Lunatic asylums Madras 1877-1891 - 1877-1891
Year: 1877
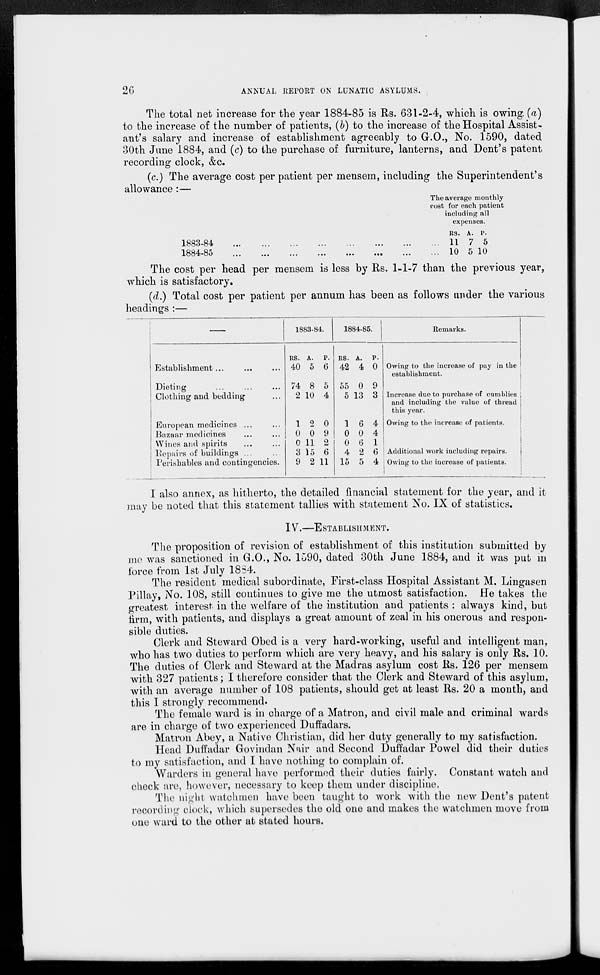
26
ANNUAL REPORT ON LUNATIC ASYLUMS,
The total net increase for the year 1884-85 is Rs. 631-2-4, which is owing, (a)
to the increase of the number of patients, (b) to the increase of the Hospital Assist-
ant's salary and increase of establishment agreeably to G.O., No. 1590, dated
30th June 1884, and (c) to the purchase of furniture, lanterns, and Dent's patent
recording clock, &c.
(c.) The average cost per patient per mensem, including the Superintendent's
allowance:—
1883-84
...
...
...
...
...
... ... ... ...
1884-85
...
... ... ...
...
...
...
...
...
The average monthly
cost for each patient
including all
expenses.
RS.
11
10
A.
7
5
P.
5
10
The cost per head per mensem is less by Rs. 1-1-7 than the previous year,
which is satisfactory.
(d.) Total cost per patient per annum has been as follows under the various
headings :—
—
Establishment
...
...
...
Dieting ... ... ...
Clothing and bedding ...
European medicines ... ...
Bazaar medicines ... ...
Wines and spirits ... ...
Repairs of buildings ...
Perishables and contingencies.
1883-84
Rs.
40
74
2
1
0
0
3
9
A.
5
8
10
2
0
11
15
2
P.
6
5
4
0
9
2
6
11
1884-85.
Rs.
42
55
5
1
0
0
4
15
A.
4
0
13
6
0
6
2
5
P.
0
9
3
4
4
1
6
4
Remarks.
Owing to the increase of pay in the
establishment.
Increase due to purchase of cumblies
and including the value of thread
this year.
Owing to the increase of patients.
Additional work including repairs.
Owing to the increase of patients.
I also annex, as hitherto, the detailed financial statement for the year, and it
may be noted that this statement tallies with statement No. IX of statistics.
IV.—ESTABLISHMENT.
The proposition of revision of establishment of this institution submitted by
me was sanctioned in G.O., No. 1590, dated 30th June 1884, and it was put in
force from 1st July 1884.
The resident medical subordinate, First-class Hospital Assistant M. Lingasen
Pillay, No. 108, still continues to give me the utmost satisfaction. He takes the
greatest interest in the welfare of the institution and patients : always kind, but
firm, with patients, and displays a great amount of zeal in his onerous and respon-
sible duties.
Clerk and Steward Obed is a very hard-working, useful and intelligent man,
who has two duties to perform which are very heavy, and his salary is only Rs. 10.
The duties of Clerk and Steward at the Madras asylum cost Rs. 126 per mensem
with 327 patients; I therefore consider that the Clerk and Steward of this asylum,
with an average number of 108 patients, should get at least Rs. 20 a month, and
this I strongly recommend.
The female ward is in charge of a Matron, and civil male and criminal wards
are in charge of two experienced Duffadars.
Matron Abey, a Native Christian, did her duty generally to my satisfaction.
Head Duffadar Govindan Nair and Second Duffadar Powel did their duties
to my satisfaction, and I have nothing to complain of.
Warders in general have performed their duties fairly. Constant watch and
check are, however, necessary to keep them under discipline.
The night watchmen have been taught to work with the new Dent's patent
recording clock, which supersedes the old one and makes the watchmen move from
one ward to the other at stated hours.